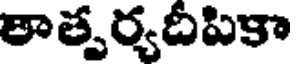
తాత్పర్యదీపికా